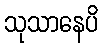
သုသာနေပိ